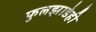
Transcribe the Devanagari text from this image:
फुलझाडेही